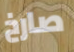
صارخ